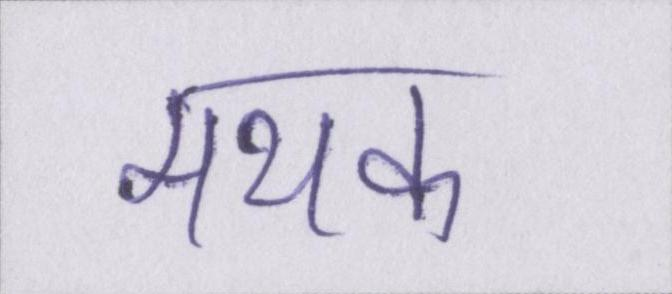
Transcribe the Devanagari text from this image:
मथक